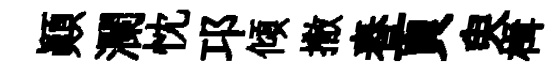
顚瀾忱邛傾撒舂頁臾楫